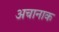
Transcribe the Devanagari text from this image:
अचानाक